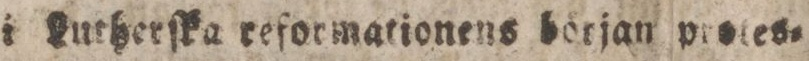
i Lutherſka reformationens början protes=